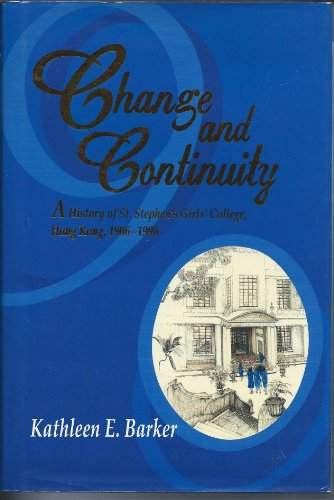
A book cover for Change and Continuity: A History of St. Stephen's Girls' College, Hong Kong, 1906-1996; Kathleen E. Barker; History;